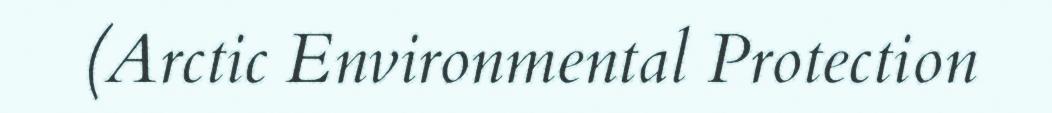
(Arctic Environmental Protection